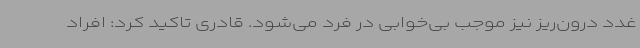
غدد درون‌ریز نیز موجب بی‌خوابی در فرد می‌شود. قادری تاکید کرد: افراد